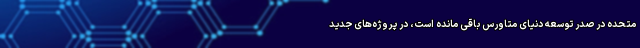
متحده در صدر توسعه دنیای متاورس باقی مانده است، در پروژه‌های جدید